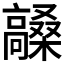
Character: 𮪼